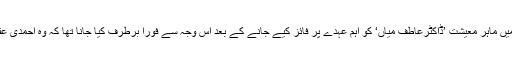
اس کااہم ترین ثبوت پاکستان میں ماہرِ معیشت ’ڈاکٹرعاطف میاں‘ کو اہم عہدے پر فائز کیے جانے کے بعد اس وجہ سے فوراً برطرف کیا جانا تھا کہ وہ احمدی عقیدے سے تعلق رکھتے تھے۔